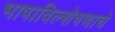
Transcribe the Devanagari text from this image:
भाषाविल्शेषणाचे